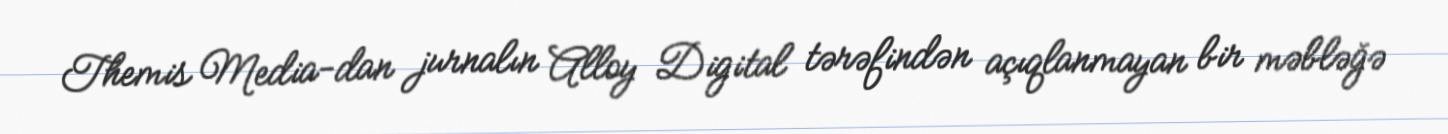
Themis Media-dan jurnalın Alloy Digital tərəfindən açıqlanmayan bir məbləğə